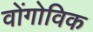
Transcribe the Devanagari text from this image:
वोंगोविक